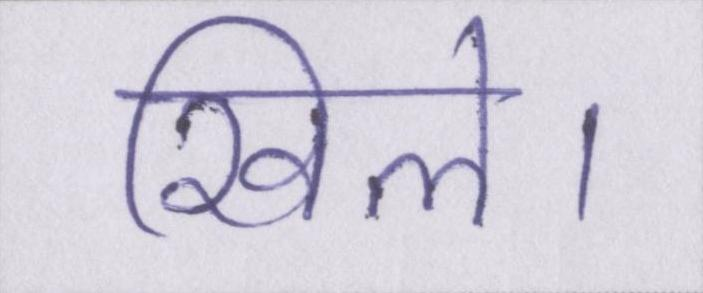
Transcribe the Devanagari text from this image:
खिले।